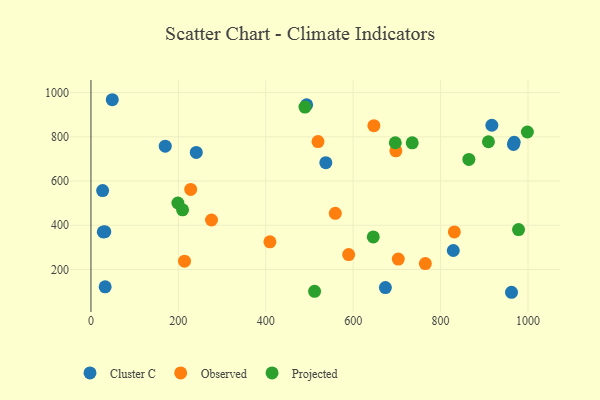
{"axis": {"x": "Distance", "y": "Exam Score"}, "legend": ["Cluster C", "Observed", "Projected"], "data": [{"x": "32.5", "y": 121.5, "type": "Cluster C"}, {"x": "493.5", "y": 944.7, "type": "Cluster C"}, {"x": "966.8", "y": 765.5, "type": "Cluster C"}, {"x": "537.4", "y": 683.3, "type": "Cluster C"}, {"x": "968.4", "y": 775.2, "type": "Cluster C"}, {"x": "241.0", "y": 729.6, "type": "Cluster C"}, {"x": "673.7", "y": 118.2, "type": "Cluster C"}, {"x": "170.0", "y": 757.8, "type": "Cluster C"}, {"x": "31.7", "y": 371.1, "type": "Cluster C"}, {"x": "829.1", "y": 285.7, "type": "Cluster C"}, {"x": "26.7", "y": 556.9, "type": "Cluster C"}, {"x": "917.3", "y": 852.5, "type": "Cluster C"}, {"x": "48.8", "y": 967.9, "type": "Cluster C"}, {"x": "28.2", "y": 369.7, "type": "Cluster C"}, {"x": "962.3", "y": 96.8, "type": "Cluster C"}, {"x": "519.5", "y": 778.5, "type": "Observed"}, {"x": "559.1", "y": 453.9, "type": "Observed"}, {"x": "697.7", "y": 736.9, "type": "Observed"}, {"x": "765.1", "y": 226.6, "type": "Observed"}, {"x": "589.7", "y": 267.3, "type": "Observed"}, {"x": "228.2", "y": 562.2, "type": "Observed"}, {"x": "409.5", "y": 325.0, "type": "Observed"}, {"x": "275.8", "y": 423.8, "type": "Observed"}, {"x": "214.1", "y": 237.6, "type": "Observed"}, {"x": "647.4", "y": 850.7, "type": "Observed"}, {"x": "703.2", "y": 246.9, "type": "Observed"}, {"x": "831.5", "y": 369.6, "type": "Observed"}, {"x": "909.5", "y": 777.8, "type": "Projected"}, {"x": "978.4", "y": 380.3, "type": "Projected"}, {"x": "511.7", "y": 101.3, "type": "Projected"}, {"x": "696.4", "y": 773.3, "type": "Projected"}, {"x": "735.1", "y": 772.8, "type": "Projected"}, {"x": "489.7", "y": 934.7, "type": "Projected"}, {"x": "198.9", "y": 500.6, "type": "Projected"}, {"x": "864.7", "y": 697.6, "type": "Projected"}, {"x": "998.6", "y": 822.0, "type": "Projected"}, {"x": "209.6", "y": 469.6, "type": "Projected"}, {"x": "646.0", "y": 347.0, "type": "Projected"}]}